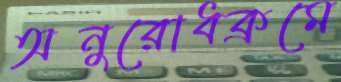
অনুরোধক্রমে